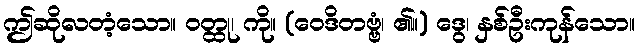
ဤဆိုလတံ့သော။ ဝတ္ထု၊ ကို။ (ဝေဒိတဗ္ဗံ၊ ၏။) ဒွေ၊ နှစ်ဦးကုန်သော။